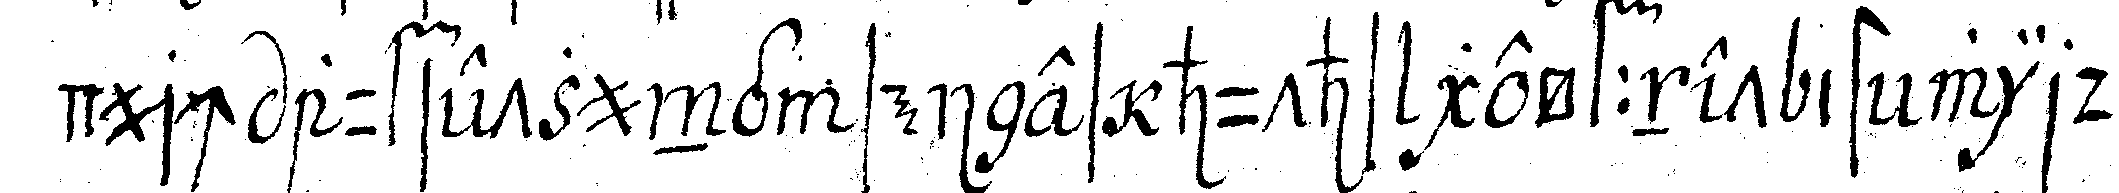
durch aufsetzung seines huths geöffnet ist wird